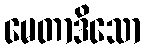
မေတာဒိသော